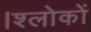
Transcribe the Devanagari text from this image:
।श्लोकों